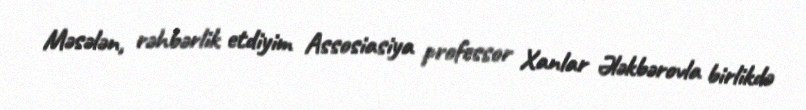
Məsələn, rəhbərlik etdiyim Assosiasiya professor Xanlar Ələkbərovla birlikdə